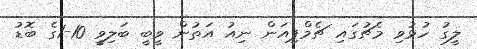
ލީގު ހުޅުވި މެޗުގައި ޗެމްޕިއަން ނިއު އަތުން ވީބީ ބަލިވީ 10-1ގެ ބޮޑު